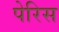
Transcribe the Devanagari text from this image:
पेरिस